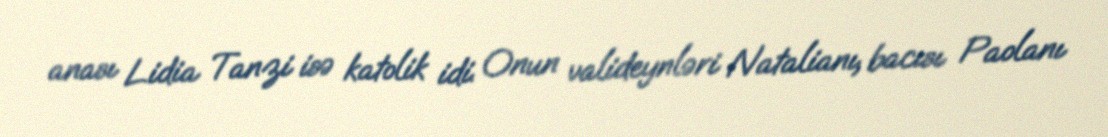
anası Lidia Tanzi isə katolik idi. Onun valideynləri Natalianı, bacısı Paolanı